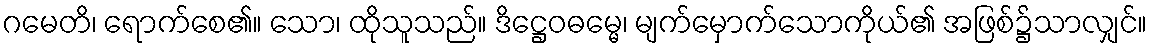
ဂမေတိ၊ ရောက်စေ၏။ သော၊ ထိုသူသည်။ ဒိဋ္ဌေဝဓမ္မေ၊ မျက်မှောက်သောကိုယ်၏ အဖြစ်၌သာလျှင်။